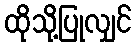
ထိုသို့ပြုလျှင်